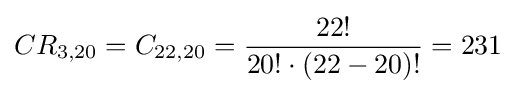
CR_{3,20}=C_{22,20}={\frac {22!}{20!\cdot (22-20)!}}=231